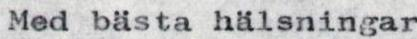
Med bästa hälsningar